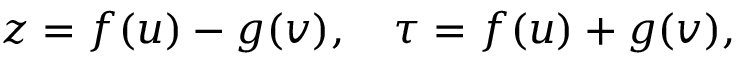
z = f ( u ) - g ( v ) , \quad \tau = f ( u ) + g ( v ) ,